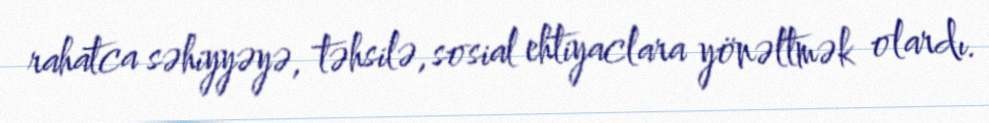
rahatca səhiyyəyə, təhsilə, sosial ehtiyaclara yönəltmək olardı.